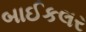
બાઈકલર